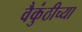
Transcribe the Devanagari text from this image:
वैकुंठीच्या